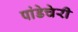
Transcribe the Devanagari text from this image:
पांडेचेरी